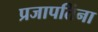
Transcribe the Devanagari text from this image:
प्रजापतिंना